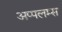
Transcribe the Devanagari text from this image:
अप्पलम्स